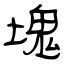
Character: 塊